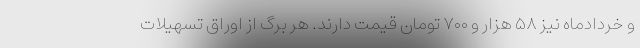
و خردادماه نیز ۵۸ هزار و ۷۰۰ تومان قیمت دارند. هر برگ از اوراق تسهیلات